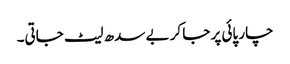
چار پائی پر جا کر بے سدھ لیٹ جاتی۔